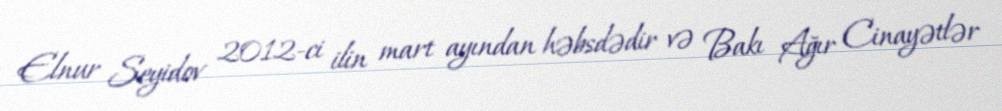
Elnur Seyidov 2012-ci ilin mart ayından həbsdədir və Bakı Ağır Cinayətlər